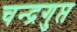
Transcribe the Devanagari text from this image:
चन्द्रगुप्त